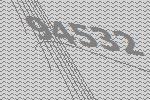
94532